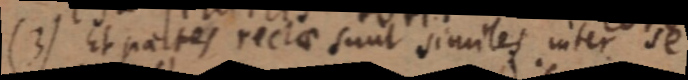
(3) Et partes rectae sunt similes inter se